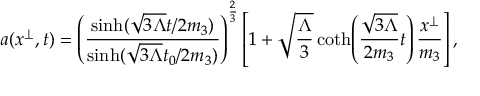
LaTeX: a ( x ^ { \perp } , t ) = \left( \frac { \sinh ( \sqrt { 3 \Lambda } t / 2 m _ { 3 } ) } { \sinh ( \sqrt { 3 \Lambda } t _ { 0 } / 2 m _ { 3 } ) } \right) ^ { \frac { 2 } { 3 } } \left[ 1 + \sqrt { \frac { \Lambda } { 3 } } \coth \! \left( \frac { \sqrt { 3 \Lambda } } { 2 m _ { 3 } } t \right) \frac { x ^ { \perp } } { m _ { 3 } } \right] ,